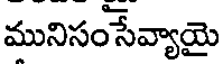
మునిసంసేవ్యాయై